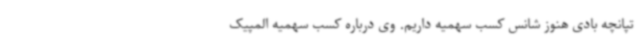
تپانچه بادی هنوز شانس کسب سهمیه داریم. وی درباره کسب سهمیه المپیک